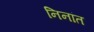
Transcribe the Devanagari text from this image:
निनांत